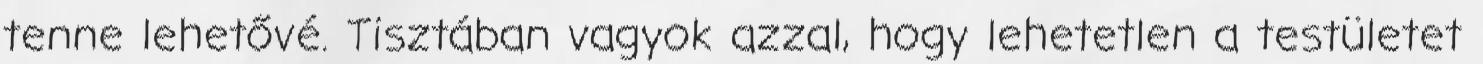
tenne lehetővé. Tisztában vagyok azzal, hogy lehetetlen a testületet